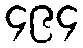
၄၉၄